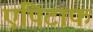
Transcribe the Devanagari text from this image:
एपिटाफ